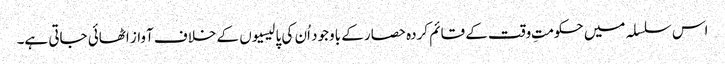
اس سلسلہ میں حکومتِ وقت کے قائم کردہ حصار کے باوجود اُن کی پالیسیوں کے خلاف آواز اٹھائی جاتی ہے۔